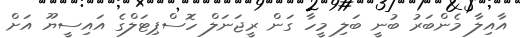
އާއިލާ މެންބަރު ބުނީ ބަލި މީހާ ގަން ރީޖަނަލް ހޮސްޕިޓަލްގެ އައިސީޔޫ އަށް